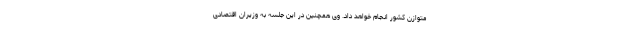
متوازن کشور انجام خواهد داد. وی همچنین در این جلسه به وزیران اقتصادی